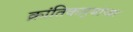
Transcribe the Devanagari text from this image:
क्रांतिकार्‍यांच्या